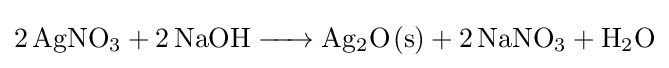
{\ce {2AgNO3 + 2NaOH -> Ag2O(s) + 2NaNO3 + H2O}}